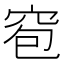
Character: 窇